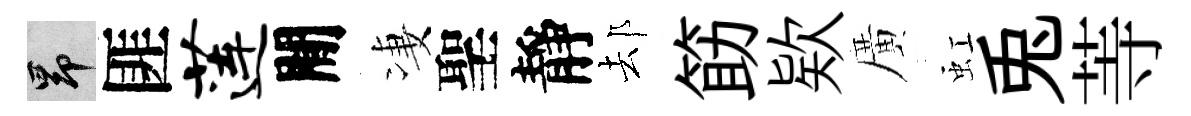
昂匪莲閒凄聖靜𨚫筯欵廣虹兎䓁